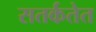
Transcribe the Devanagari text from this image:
सतर्कतेत